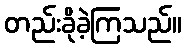
တည်းခိုခဲ့ကြသည်။